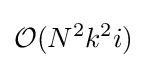
{\mathcal {O}}(N^{2}k^{2}i)